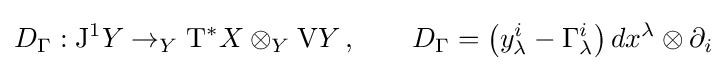
D_{\Gamma }:\mathrm {J} ^{1}Y\to _{Y}\mathrm {T} ^{*}X\otimes _{Y}\mathrm {V} Y\,,\qquad D_{\Gamma }=\left(y_{\lambda }^{i}-\Gamma _{\lambda }^{i}\right)dx^{\lambda }\otimes \partial _{i}